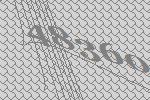
48360